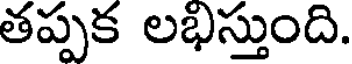
తప్పక లభిస్తుంది.